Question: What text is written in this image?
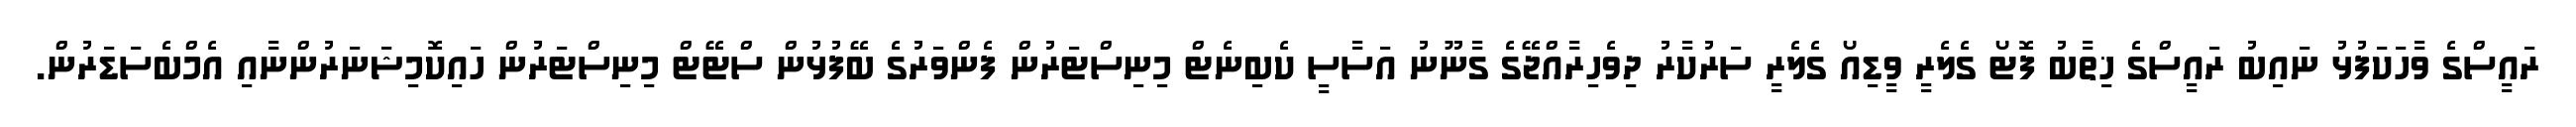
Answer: ރައީސްގެ ވާހަކަފުޅު ނައިބު ރައީސްގެ ޚިތާބު ފޮޓޯ ގެލެރީ ވީޑިއޯ ގެލެރީ ސަރުކާރު ދިވެހިރާއްޖޭގެ ގާނޫނު އަސާސީ ކެބިނެޓް މިނިސްޓަރުން ފެންވަރުގެ ބޭފުޅުން ސްޓޭޓް މިނިސްޓަރުން ހައިކޮމިޝަނަރުންނާއި އެމްބެސަޑަރުން.